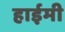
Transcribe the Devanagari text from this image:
हाईमी